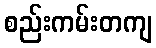
စည်းကမ်းတကျ